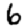
Digit: 6